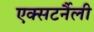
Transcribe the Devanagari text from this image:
एक्सटर्नैली